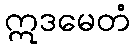
ဣဒမေတံ